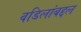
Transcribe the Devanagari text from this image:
वडिलांबद्दल